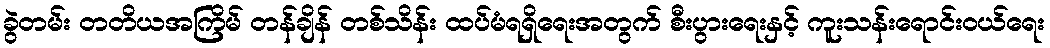
ခွဲတမ်း တတိယအကြိမ် တန်ချိန် တစ်သိန်း ထပ်မံရရှိရေးအတွက် စီးပွားရေးနှင့် ကူးသန်းရောင်းဝယ်ရေး